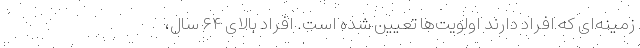
زمینه‌ای که افراد دارند اولویت‌ها تعیین شده است. افراد بالای ۶۴ سال،